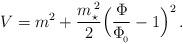
LaTeX: \begin{align*}V = m^2+{m_\star^{\,2}\over 2}\Big({\Phi\over\Phi_{\!_0}}-1 \Big)^2\, .\end{align*}